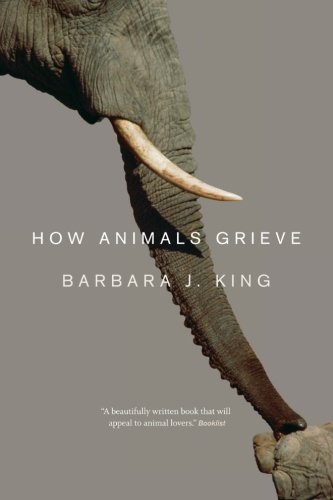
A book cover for How Animals Grieve; Barbara J. King; Crafts, Hobbies & Home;